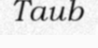
Taub